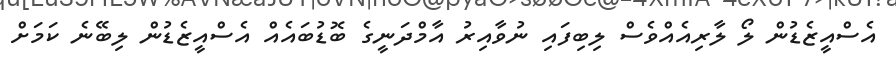
އެސްއީޒެޑުން ލޯ ލާރިއެއްވެސް ލިބިފައި ނުވާއިރު އާމްދަނީގެ ބޮޑުބައެއް އެސްއީޒެޑުން ލިބޭނެ ކަމަށް